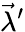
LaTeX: {\vec{\lambda}}^{\prime}